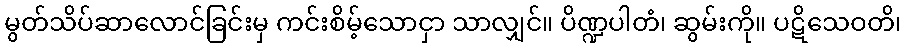
မွတ်သိပ်ဆာလောင်ခြင်းမှ ကင်းစိမ့်သောငှာ သာလျှင်။ ပိဏ္ဍပါတံ၊ ဆွမ်းကို။ ပဋိသေဝတိ၊